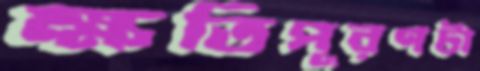
ক্ষতিপূরণটা